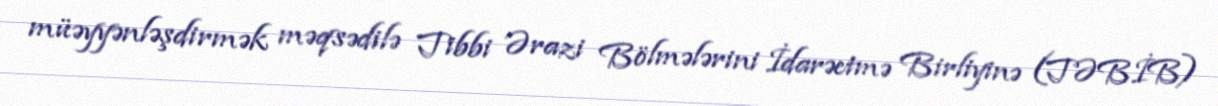
müəyyənləşdirmək məqsədilə Tibbi Ərazi Bölmələrini İdarəetmə Birliyinə (TƏBİB)